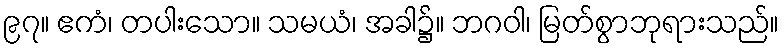
၉၇။ ဧကံ၊ တပါးသော။ သမယံ၊ အခါ၌။ ဘဂဝါ၊ မြတ်စွာဘုရားသည်။